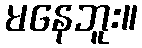
မနေဘူး။